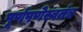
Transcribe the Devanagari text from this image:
पूर्णपणेस्वतंत्र